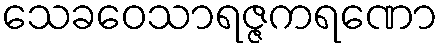
သေခဝေသာရဇ္ဇကရဏော